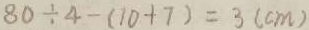
8 0 \div 4 - ( 1 0 + 7 ) = 3 ( c m )